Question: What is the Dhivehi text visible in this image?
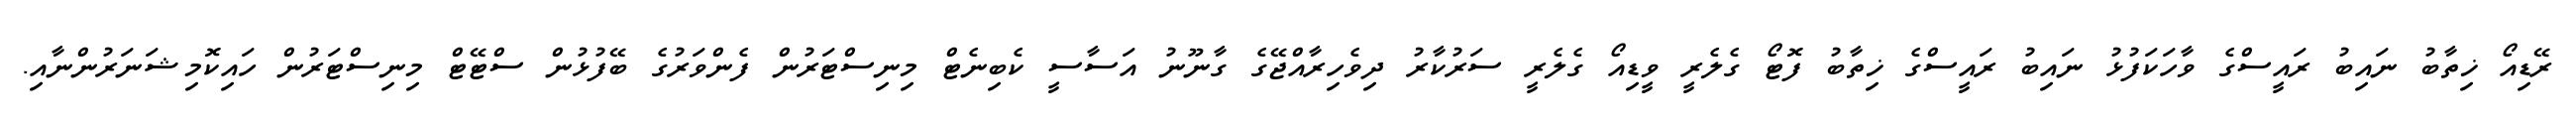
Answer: ރޭޑިއޯ ޚިތާބު ނައިބު ރައީސްގެ ވާހަކަފުޅު ނައިބު ރައީސްގެ ޚިތާބު ފޮޓޯ ގެލެރީ ވީޑިއޯ ގެލެރީ ސަރުކާރު ދިވެހިރާއްޖޭގެ ގާނޫނު އަސާސީ ކެބިނެޓް މިނިސްޓަރުން ފެންވަރުގެ ބޭފުޅުން ސްޓޭޓް މިނިސްޓަރުން ހައިކޮމިޝަނަރުންނާއި.